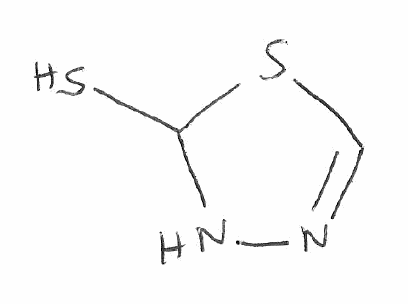
Simplified molecular-input line-entry system (SMILES) notation of the given molecule:
C1=NNC(S1)S